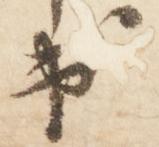
出